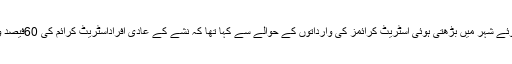
گزشتہ دنوں ایڈیشنل آئی جی کراچی ،غلام نبی میمن نے صنعت کاروں سے خطاب کرتے ہوئے شہر میں بڑھتی ہوئی اسٹریٹ کرائمز کی وارداتوں کے حوالے سے کہا تھا کہ نشے کے عادی افراداسٹریٹ کرائم کی 60فیصد وارداتوں میں ملوث ہیں،ان کی بحالی کے لیے کراچی میں 12بحالی مراکز بنائے جائیں گے۔